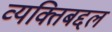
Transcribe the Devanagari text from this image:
व्यक्तिबद्दल